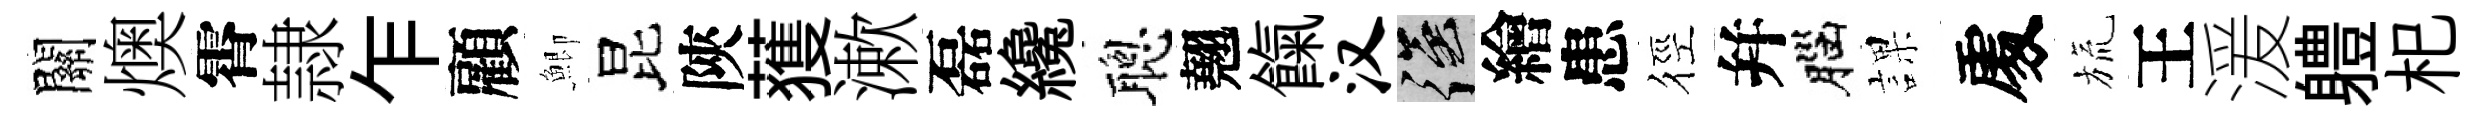
關燠霄隷乍顧鯽昆陝𫉬漱磊纔聰翹餼汉强繪患徑幷腦課𠁅旒王湲軆𣏌